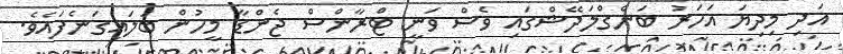
އަދި މިދިޔަ އަހަރު ބަންގްލަދޭޝްގައި ވެސް ވަނީ ޓްރާންސް ޖެންޑާ މީހުން ބަލައިގަނެފައެވެ.